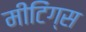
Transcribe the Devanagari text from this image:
मीटिंग्स